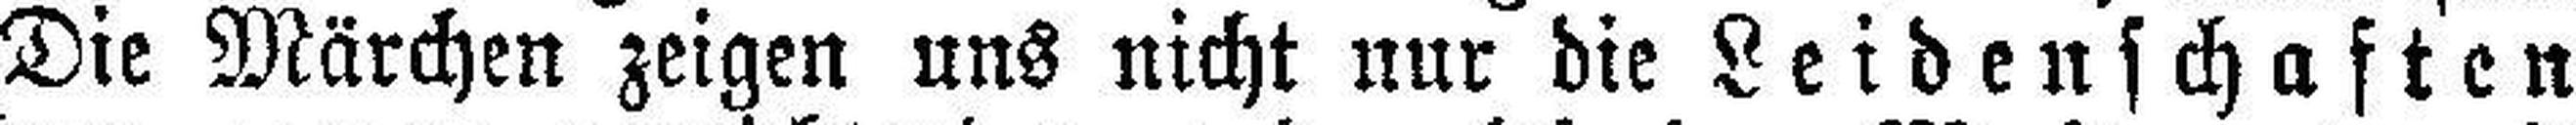
Die Märchen zeigen uns nicht nur die Leidenschaften